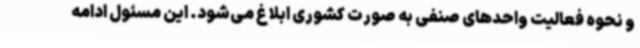
و نحوه فعالیت واحدهای صنفی به صورت کشوری ابلاغ می‌شود. این مسئول ادامه